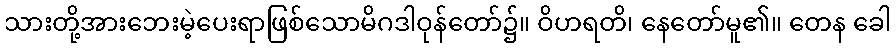
သားတို့အားဘေးမဲ့ပေးရာဖြစ်သောမိဂဒါဝုန်တော်၌။ ဝိဟရတိ၊ နေတော်မူ၏။ တေန ခေါ